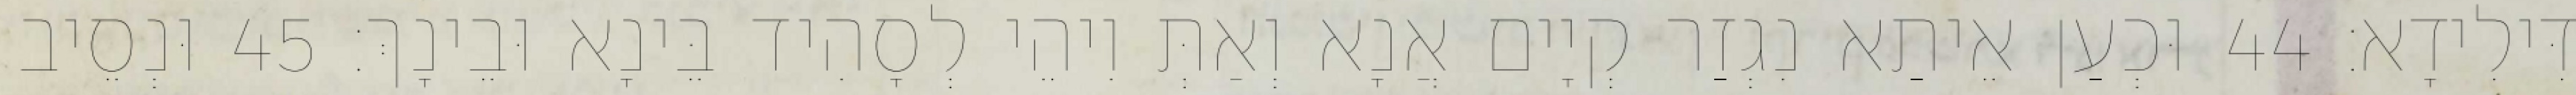
דִּילִידָא׃ 44 וּכְעַן אֵיתַא נִגְזַר קְיָים אֲנָא וְאַתְּ וִיהֵי לְסָהִיד בֵּינָא וּבֵינָךְ׃ 45 וּנְסֵיב